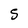
Character: S